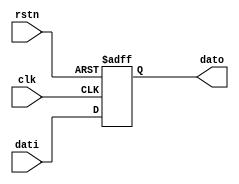
module rb (
`ifdef USE_POWER_PINS
   inout vccd1,	// User area 1 1.8V supply
   inout vssd1,	// User area 1 digital ground
`endif
   input clk,
   input rstn,
   input [31:0] dati,
   output [31:0] dato);

reg [31:0] dato;

always @ (posedge clk or negedge rstn)
if (~rstn)
   dato <= 0;
else
   dato <= dati;

endmodule